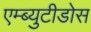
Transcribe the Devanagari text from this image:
एम्ब्युटीडोस